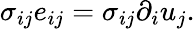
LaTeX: \sigma_{ij}e_{ij}=\sigma_{ij}\partial_{i}u_{j}.